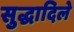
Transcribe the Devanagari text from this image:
सुद्धादिले